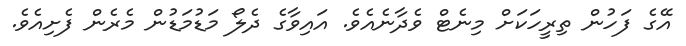
އޭގެ ފަހުން ތިރީހަކަށް މިނެޓް ވެދާނެއެވެ. އައިވާގެ ދެލޯ މަޑުމަޑުން މެރެން ފެށިއެވެ.